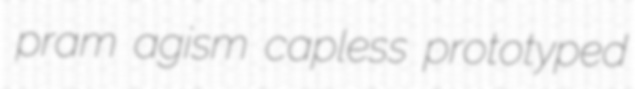
pram agism capless prototyped